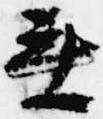
無